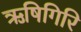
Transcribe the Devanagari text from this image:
ऋषिगिरि